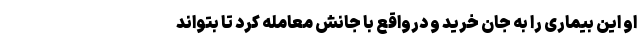
او این بیماری را به جان خرید و درواقع با جانش معامله کرد تا بتواند